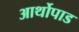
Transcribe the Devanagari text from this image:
आर्थोपाड